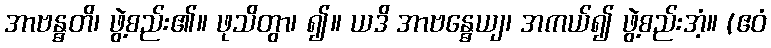
အာဗန္ဓတိ၊ ဖွဲ့စည်း၏။ ဖုသိတွာ၊ ၍။ ယဒိ အာဗန္ဓေယျ၊ အကယ်၍ ဖွဲ့စည်းအံ့။ (ဧဝံ